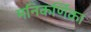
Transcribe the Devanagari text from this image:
मनिकर्णिका